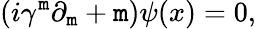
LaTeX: (i\gamma^{\mathtt{m}}\partial_{\mathtt{m}}+\mathtt{m})\psi(x)=0,